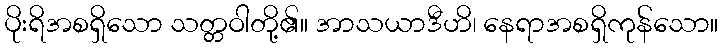
ပိုးရိအစရှိသော သတ္တဝါတို့၏။ အာသယာဒီဟိ၊ နေရာအစရှိကုန်သော။